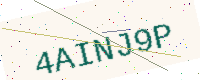
Text: 4AINJ9P